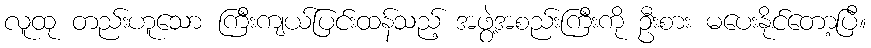
လူထု တည်းဟူသော ကြီးကျယ်ပြင်းထန်သည့် အဖွဲ့အစည်းကြီးကို ဦးစား မပေးနိုင်တော့ပြီ။